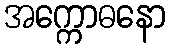
အက္ကောဓနော